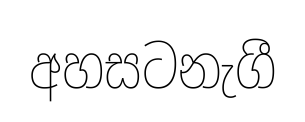
අහසටනැගී